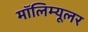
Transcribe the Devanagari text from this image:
मॉलिम्यूलर